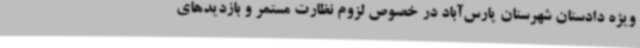
ویژه دادستان شهرستان پارس‌آباد در خصوص لزوم نظارت مستمر و بازدیدهای